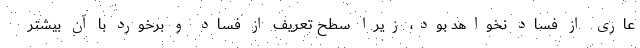
عاری از فساد نخواهد بود، زیرا سطح تعریف از فساد و برخورد با آن بیشتر